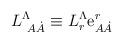
LaTeX: \begin{align*}L^\Lambda_{\ A\dot A} \equiv L^\Lambda_r {\rm e}^r_{A\dot A}\end{align*}